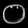
Digit: ၀